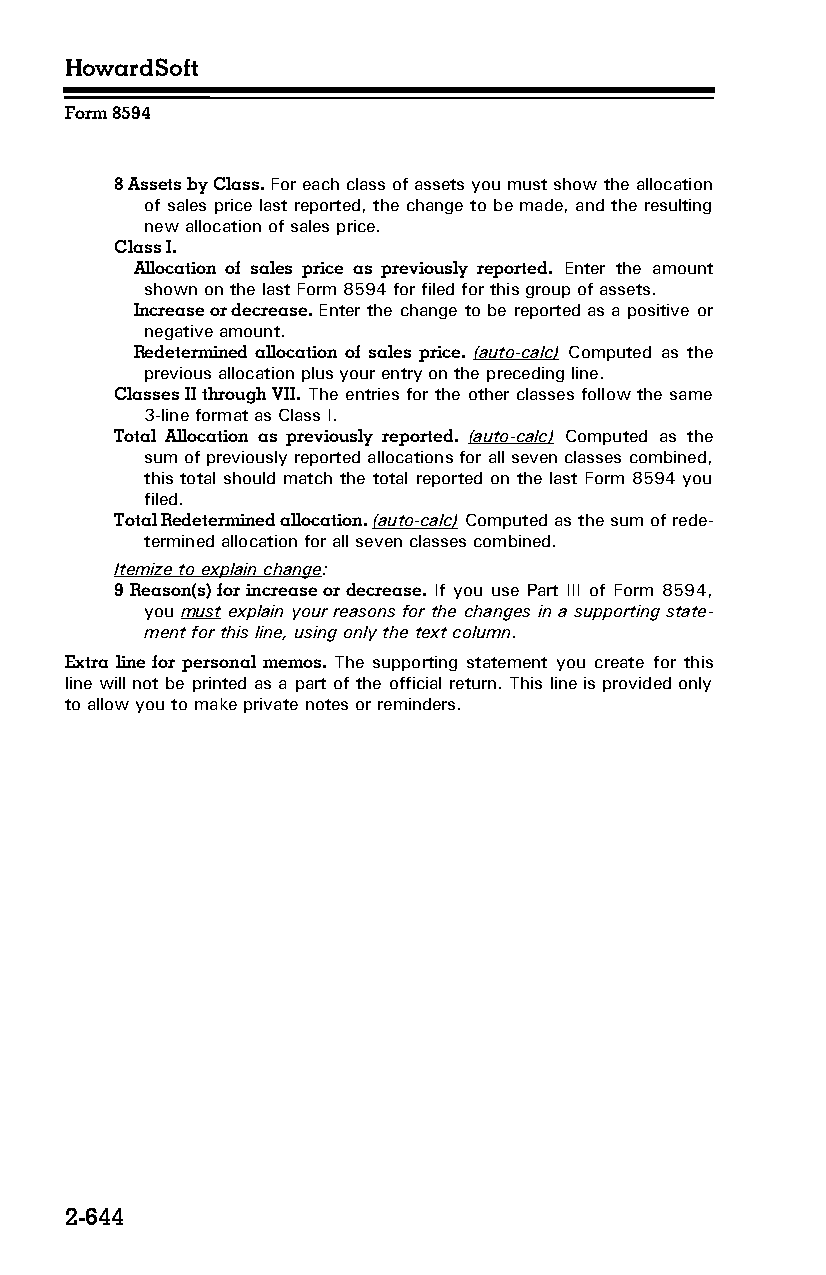
HowardSoft
 Form 8594
 8 Assets by Class. For each class of assets you must show the allocation
 of sales price last reported, the change to be made, and the resulting
 new allocation of sales price.
 Class I.
 Allocation of sales price as previously reported. Enter the amount
 shown on the last Form 8594 for filed for this group of assets.
 Increase or decrease. Enter the change to be reported as a positive or
 negative amount.
 Redetermined allocation of sales price. (auto-calc) Computed as the
 previous allocation plus your entry on the preceding line.
 Classes II through VII. The entries for the other classes follow the same
 3-line format as Class I.
 Total Allocation as previously reported. (auto-calc) Computed as the
 sum of previously reported allocations for all seven classes combined,
 this total should match the total reported on the last Form 8594 you
 filed.
 Total Redetermined allocation. (auto-calc) Computed as the sum of rede­
 termined allocation for all seven classes combined.
 Itemize to explain change:
 9 Reason(s) for increase or decrease. If you use Part III of Form 8594,
 you must explain your reasons for the changes in a supporting state­
 ment for this line, using only the text column.
 Extra line for personal memos. The supporting statement you create for this
 line will not be printed as a part of the official return. This line is provided only
 to allow you to make private notes or reminders.
 2-644